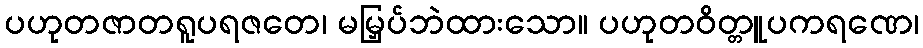
ပဟုတဇာတရူပရဇတေ၊ မမြှပ်ဘဲထားသော။ ပဟုတဝိတ္တူပကရဏေ၊